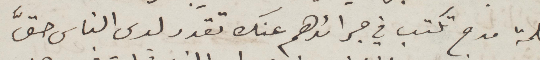
كلمة مدح تكتب في جرائدهم عنك تقدر لدى الناس حقّ